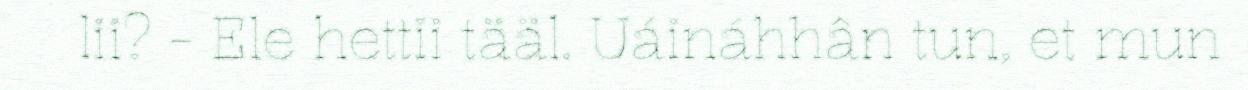
lii? - Ele hettii tääl. Uáináhhân tun, et mun